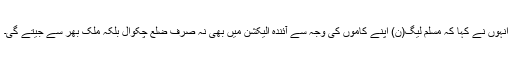
انہوں نے کہا کہ مسلم لیگ(ن) اپنے کاموں کی وجہ سے آئندہ الیکشن میں بھی نہ صرف ضلع چکوال بلکہ ملک بھر سے جیتے گی۔